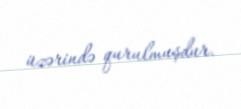
üzərində qurulmuşdur.